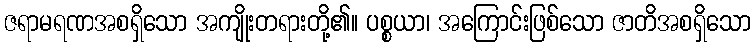
ဇရာမရဏအစရှိသော အကျိုးတရားတို့၏။ ပစ္စယာ၊ အကြောင်းဖြစ်သော ဇာတိအစရှိသော